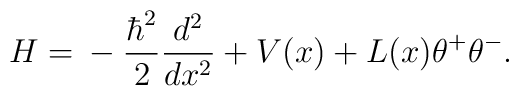
H={}-\frac{\hbar^2}{2}\frac{d^2}{dx^2} +V(x)+L(x)\theta^+\theta^-.